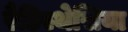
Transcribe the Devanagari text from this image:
रैडिस्थेसिया